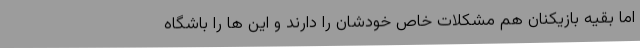
اما بقیه بازیکنان هم مشکلات خاص خودشان را دارند و این ها را باشگاه